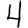
Digit: 4